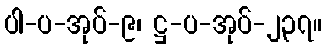
ပါ-ပ-အုပ်-၉၊ ဋ္ဌ-ပ-အုပ်-၂၃၇။